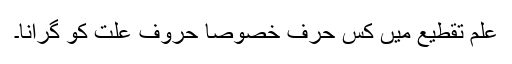
علمِ تقطیع میں کس حرف خصوصاََ حروفِ عِلت کو گرانا۔